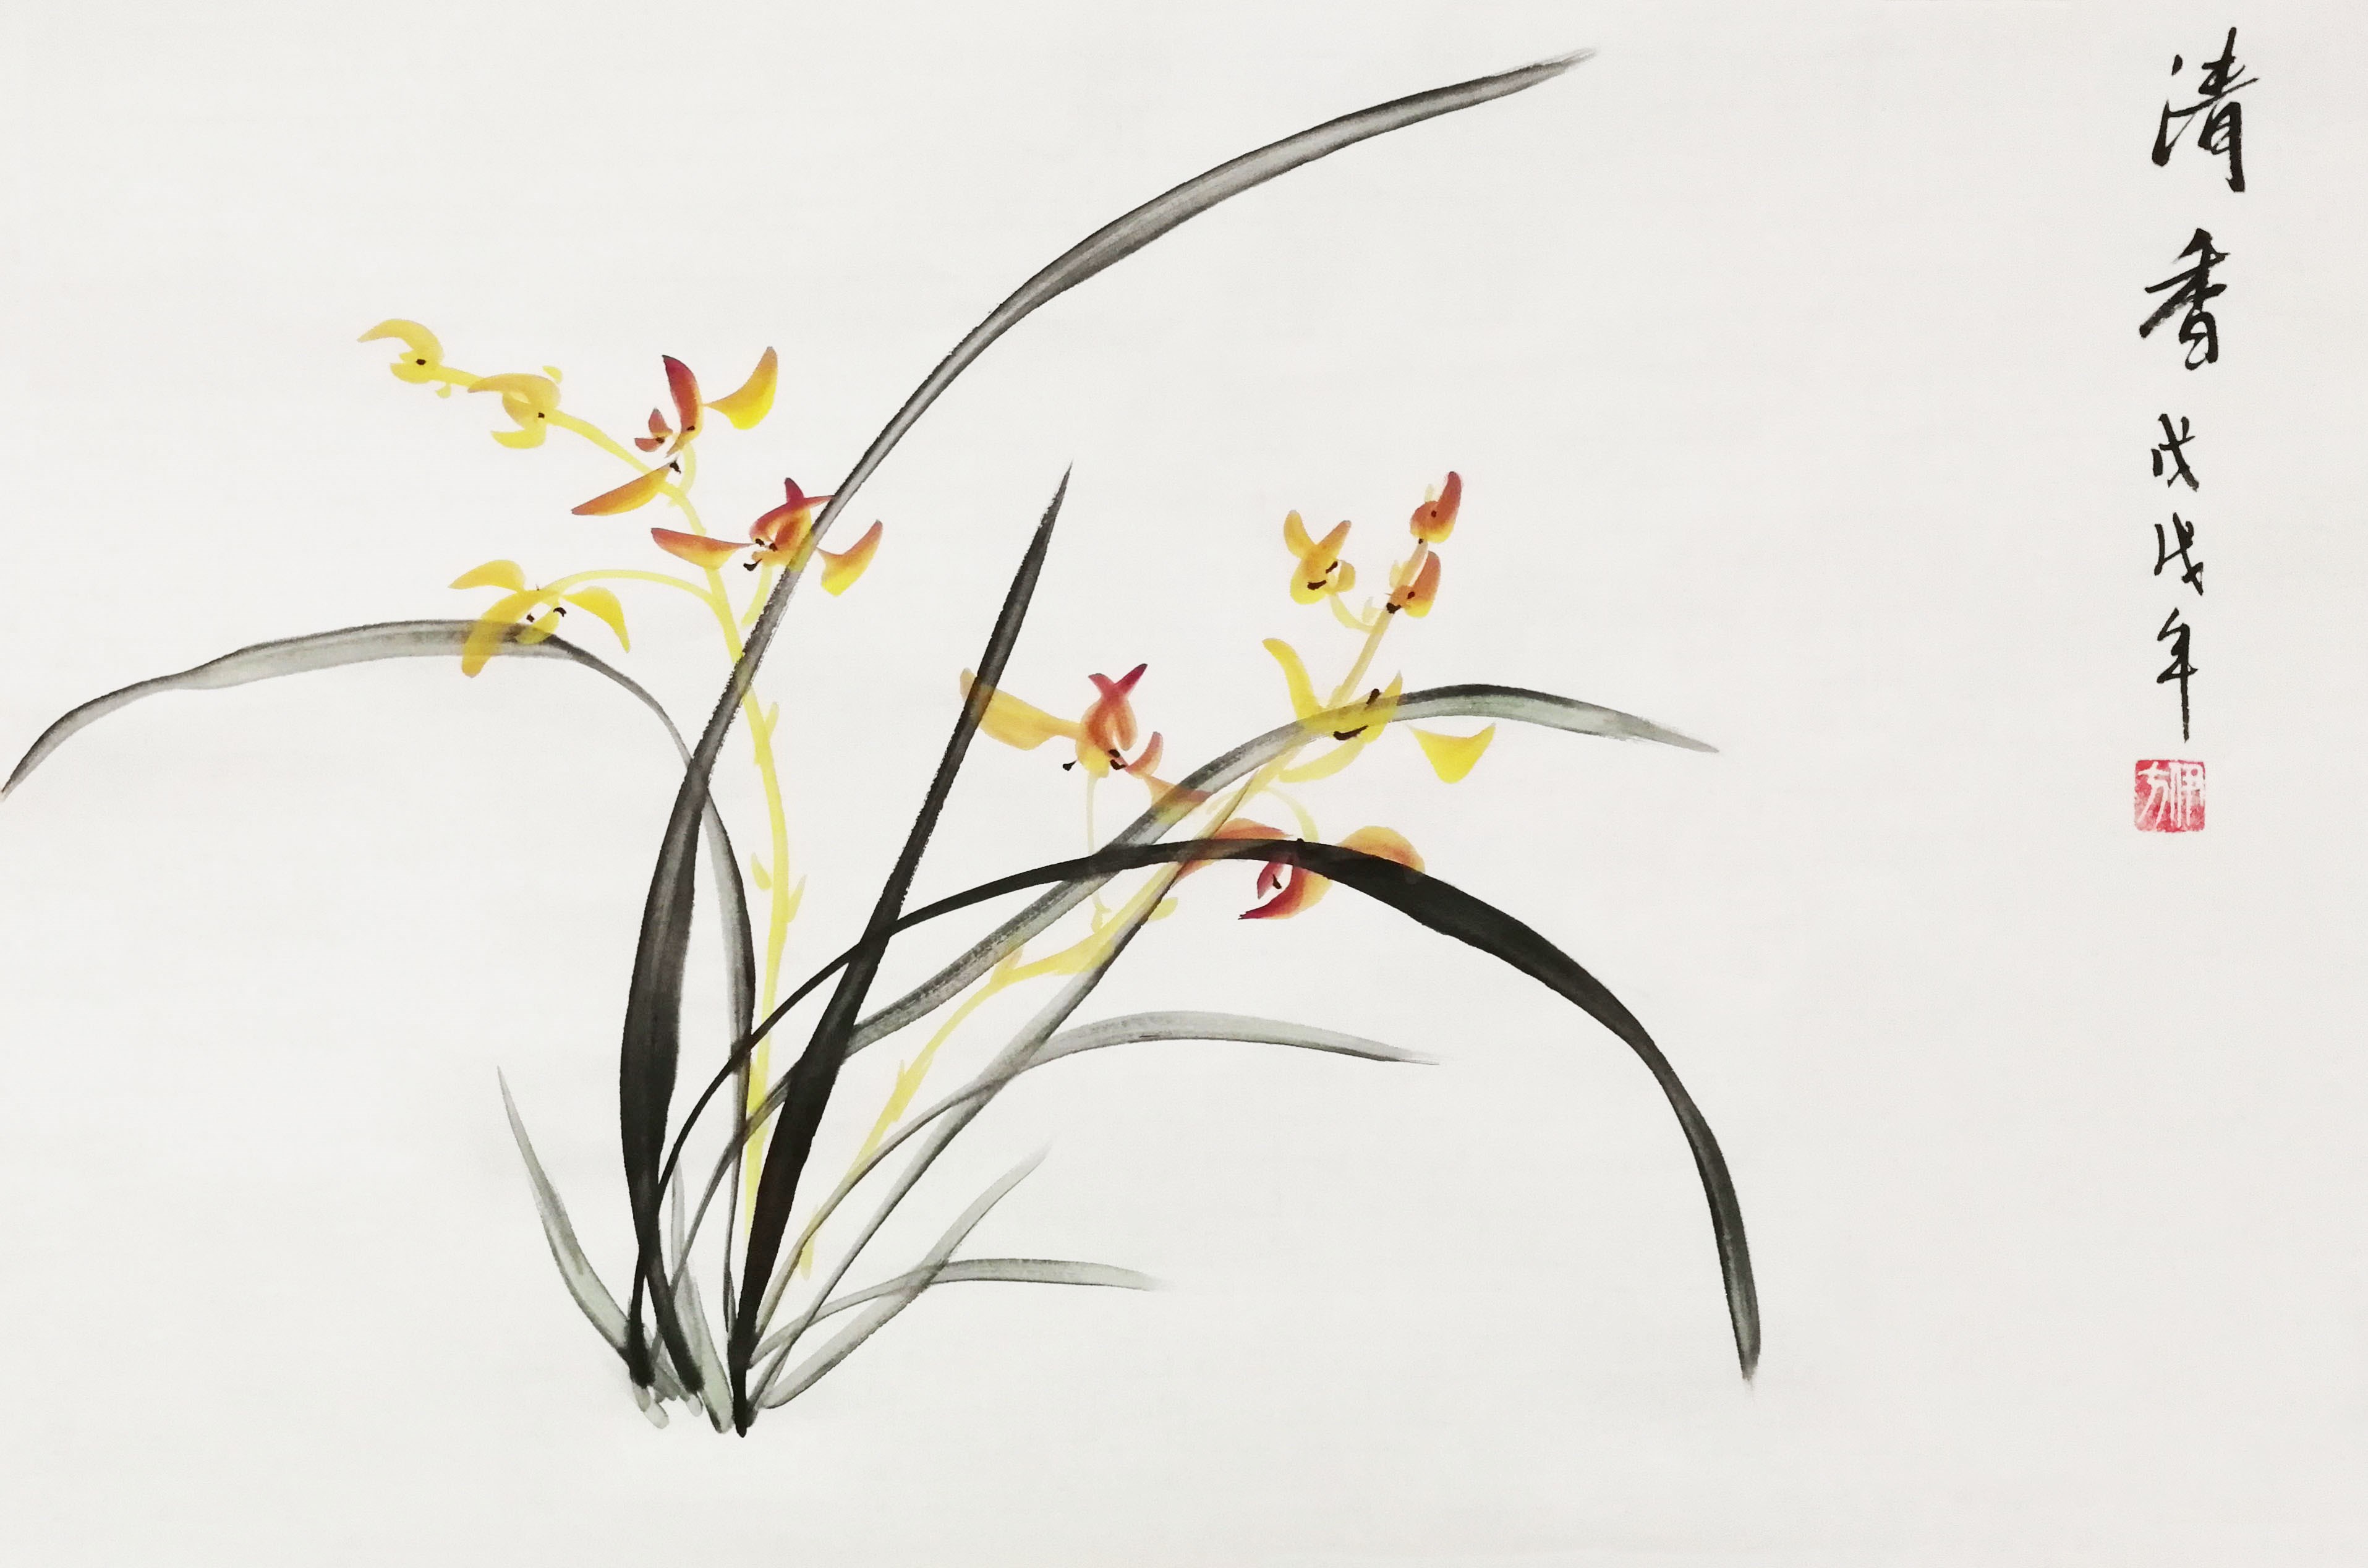
欲诉奇愁无可诉，算兴亡已惯司空见。